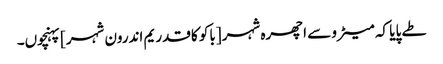
طے پایا کہ میٹرو سے اچھرہ شہر [باکو کا قدریم اندرون شہر] پہنچوں۔